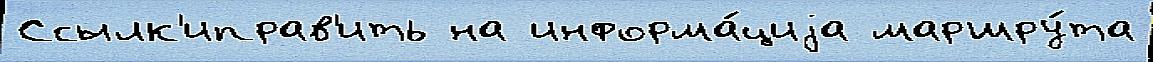
Ссылк'иправ'ить на информа́циjа маршру́та